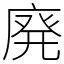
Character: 廃